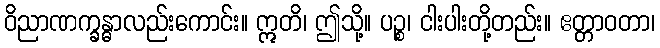
ဝိညာဏက္ခန္ဓာလည်းကောင်း။ ဣတိ၊ ဤသို့။ ပဉ္စ၊ ငါးပါးတို့တည်း။ ဧတ္တာဝတာ၊